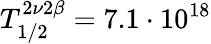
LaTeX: T_{1/2}^{2\nu 2\beta}=7.1\cdot 10^{18}